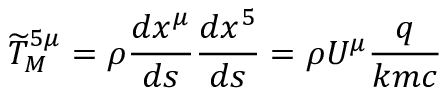
{ \widetilde { T } } _ { M } ^ { 5 \mu } = \rho { \frac { d x ^ { \mu } } { d s } } { \frac { d x ^ { 5 } } { d s } } = \rho U ^ { \mu } { \frac { q } { k m c } }